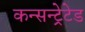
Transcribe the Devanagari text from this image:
कन्सन्ट्रेटेड